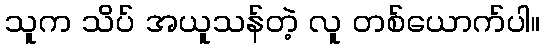
သူက သိပ် အယူသန်တဲ့ လူ တစ်ယောက်ပါ။